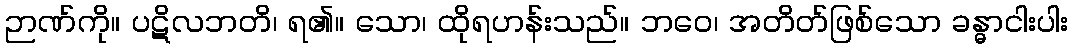
ဉာဏ်ကို။ ပဋိလဘတိ၊ ရ၏။ သော၊ ထိုရဟန်းသည်။ ဘဝေ၊ အတိတ်ဖြစ်သော ခန္ဓာငါးပါး